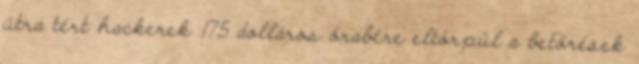
útra tért hackerek 175 dolláros órabére eltörpül a betörések